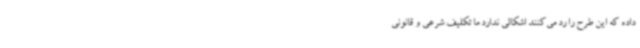
داده که این طرح را رد می‌کنند اشکالی ندارد ما تکلیف شرعی و قانونی